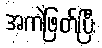
အကဲဖြတ်ပြီး